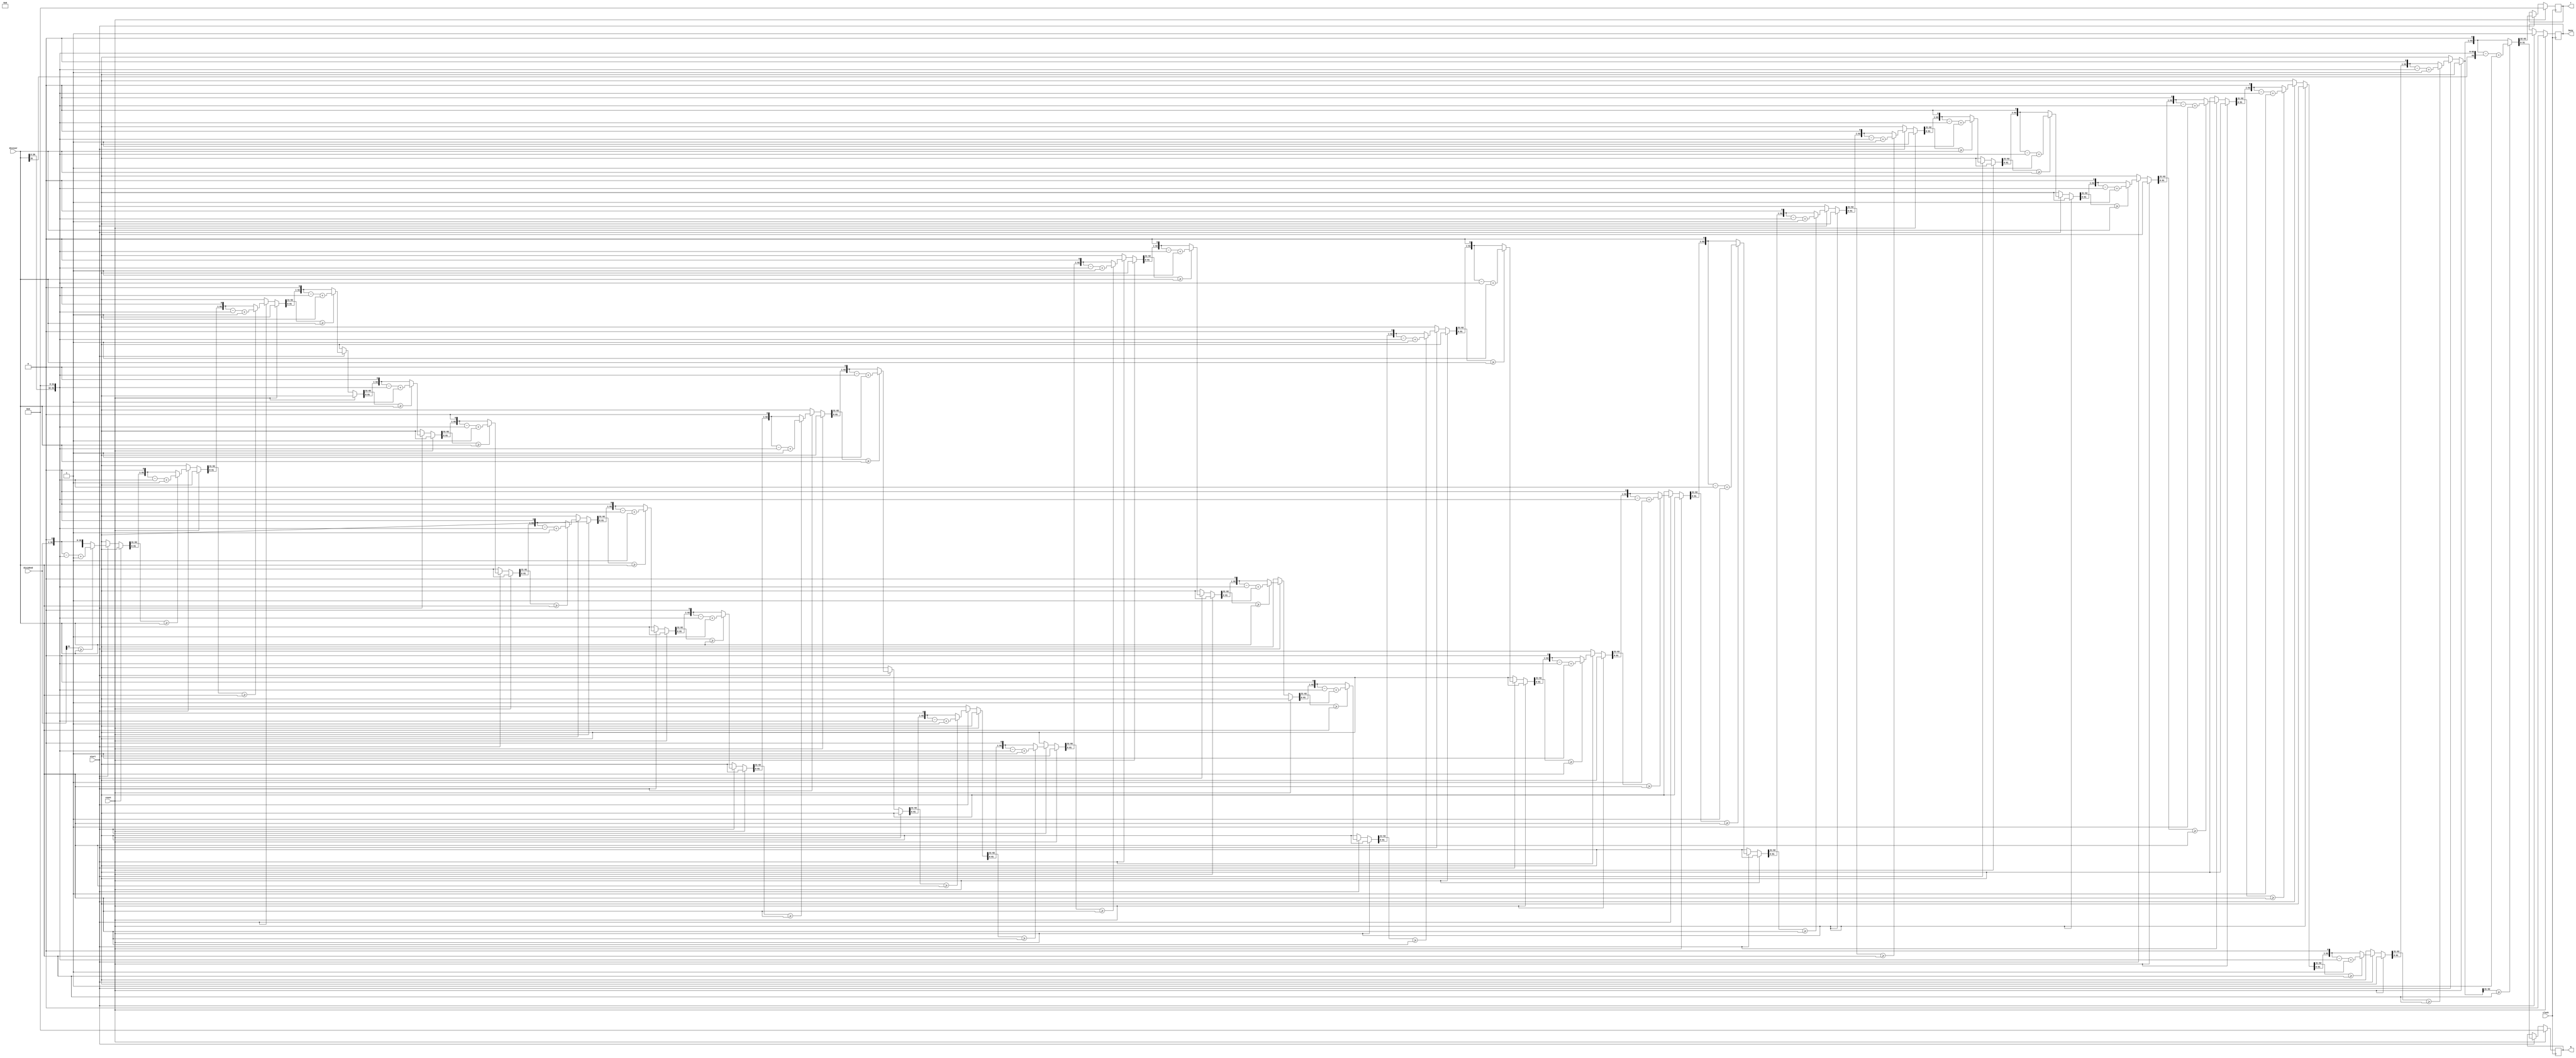
`timescale 1ns / 1ps
//////////////////////////////////////////////////////////////////////////////////
// Company: 
// Engineer: 
// 
// Design Name: 
// Module Name: divu
// Project Name: 
// Target Devices: 
// Tool Versions: 
// Description: 
// 
// Dependencies: 
// 
// Revision:
// Revision 0.01 - File Created
// Additional Comments:
// 
//////////////////////////////////////////////////////////////////////////////////


module divu(
input [31:0]dividend,        //?????               
input [31:0]divisor,          //????      
input start,                //??????????      
input clock,      
input reset,      
output reg [31:0] q,             //??      
output reg  [31:0] r,             //???         
output reg busy
    );
   reg [31:0] tempa;
   reg [31:0] tempb;
   reg [63:0] temp_a;
   reg [63:0] temp_b;
   integer i;
  always @(negedge clock)
   begin
   if(reset)
   begin
   q=0;
   r=0;
   busy=0;
   end
   else if(start)
   begin
   busy=1;
   tempa=dividend;
   tempb=divisor;
   temp_a={32'h00000000,tempa};
   temp_b={tempb,32'h00000000};
   for(i=0;i<32;i=i+1)
   begin
   temp_a={temp_a[62:0],1'b0};
   if(temp_a[63:32]>=tempb)
   temp_a=temp_a-temp_b+1'b1;
   else
   temp_a=temp_a;
   end
   q=temp_a[31:0];
   r=temp_a[63:32];
   end
   end
  endmodule